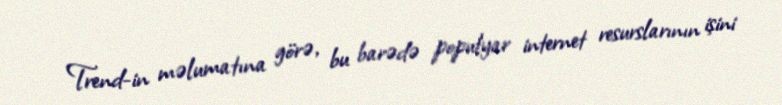
Trend-in məlumatına görə, bu barədə populyar internet resurslarının işini